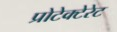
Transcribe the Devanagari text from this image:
प्रोटेक्टेरेट